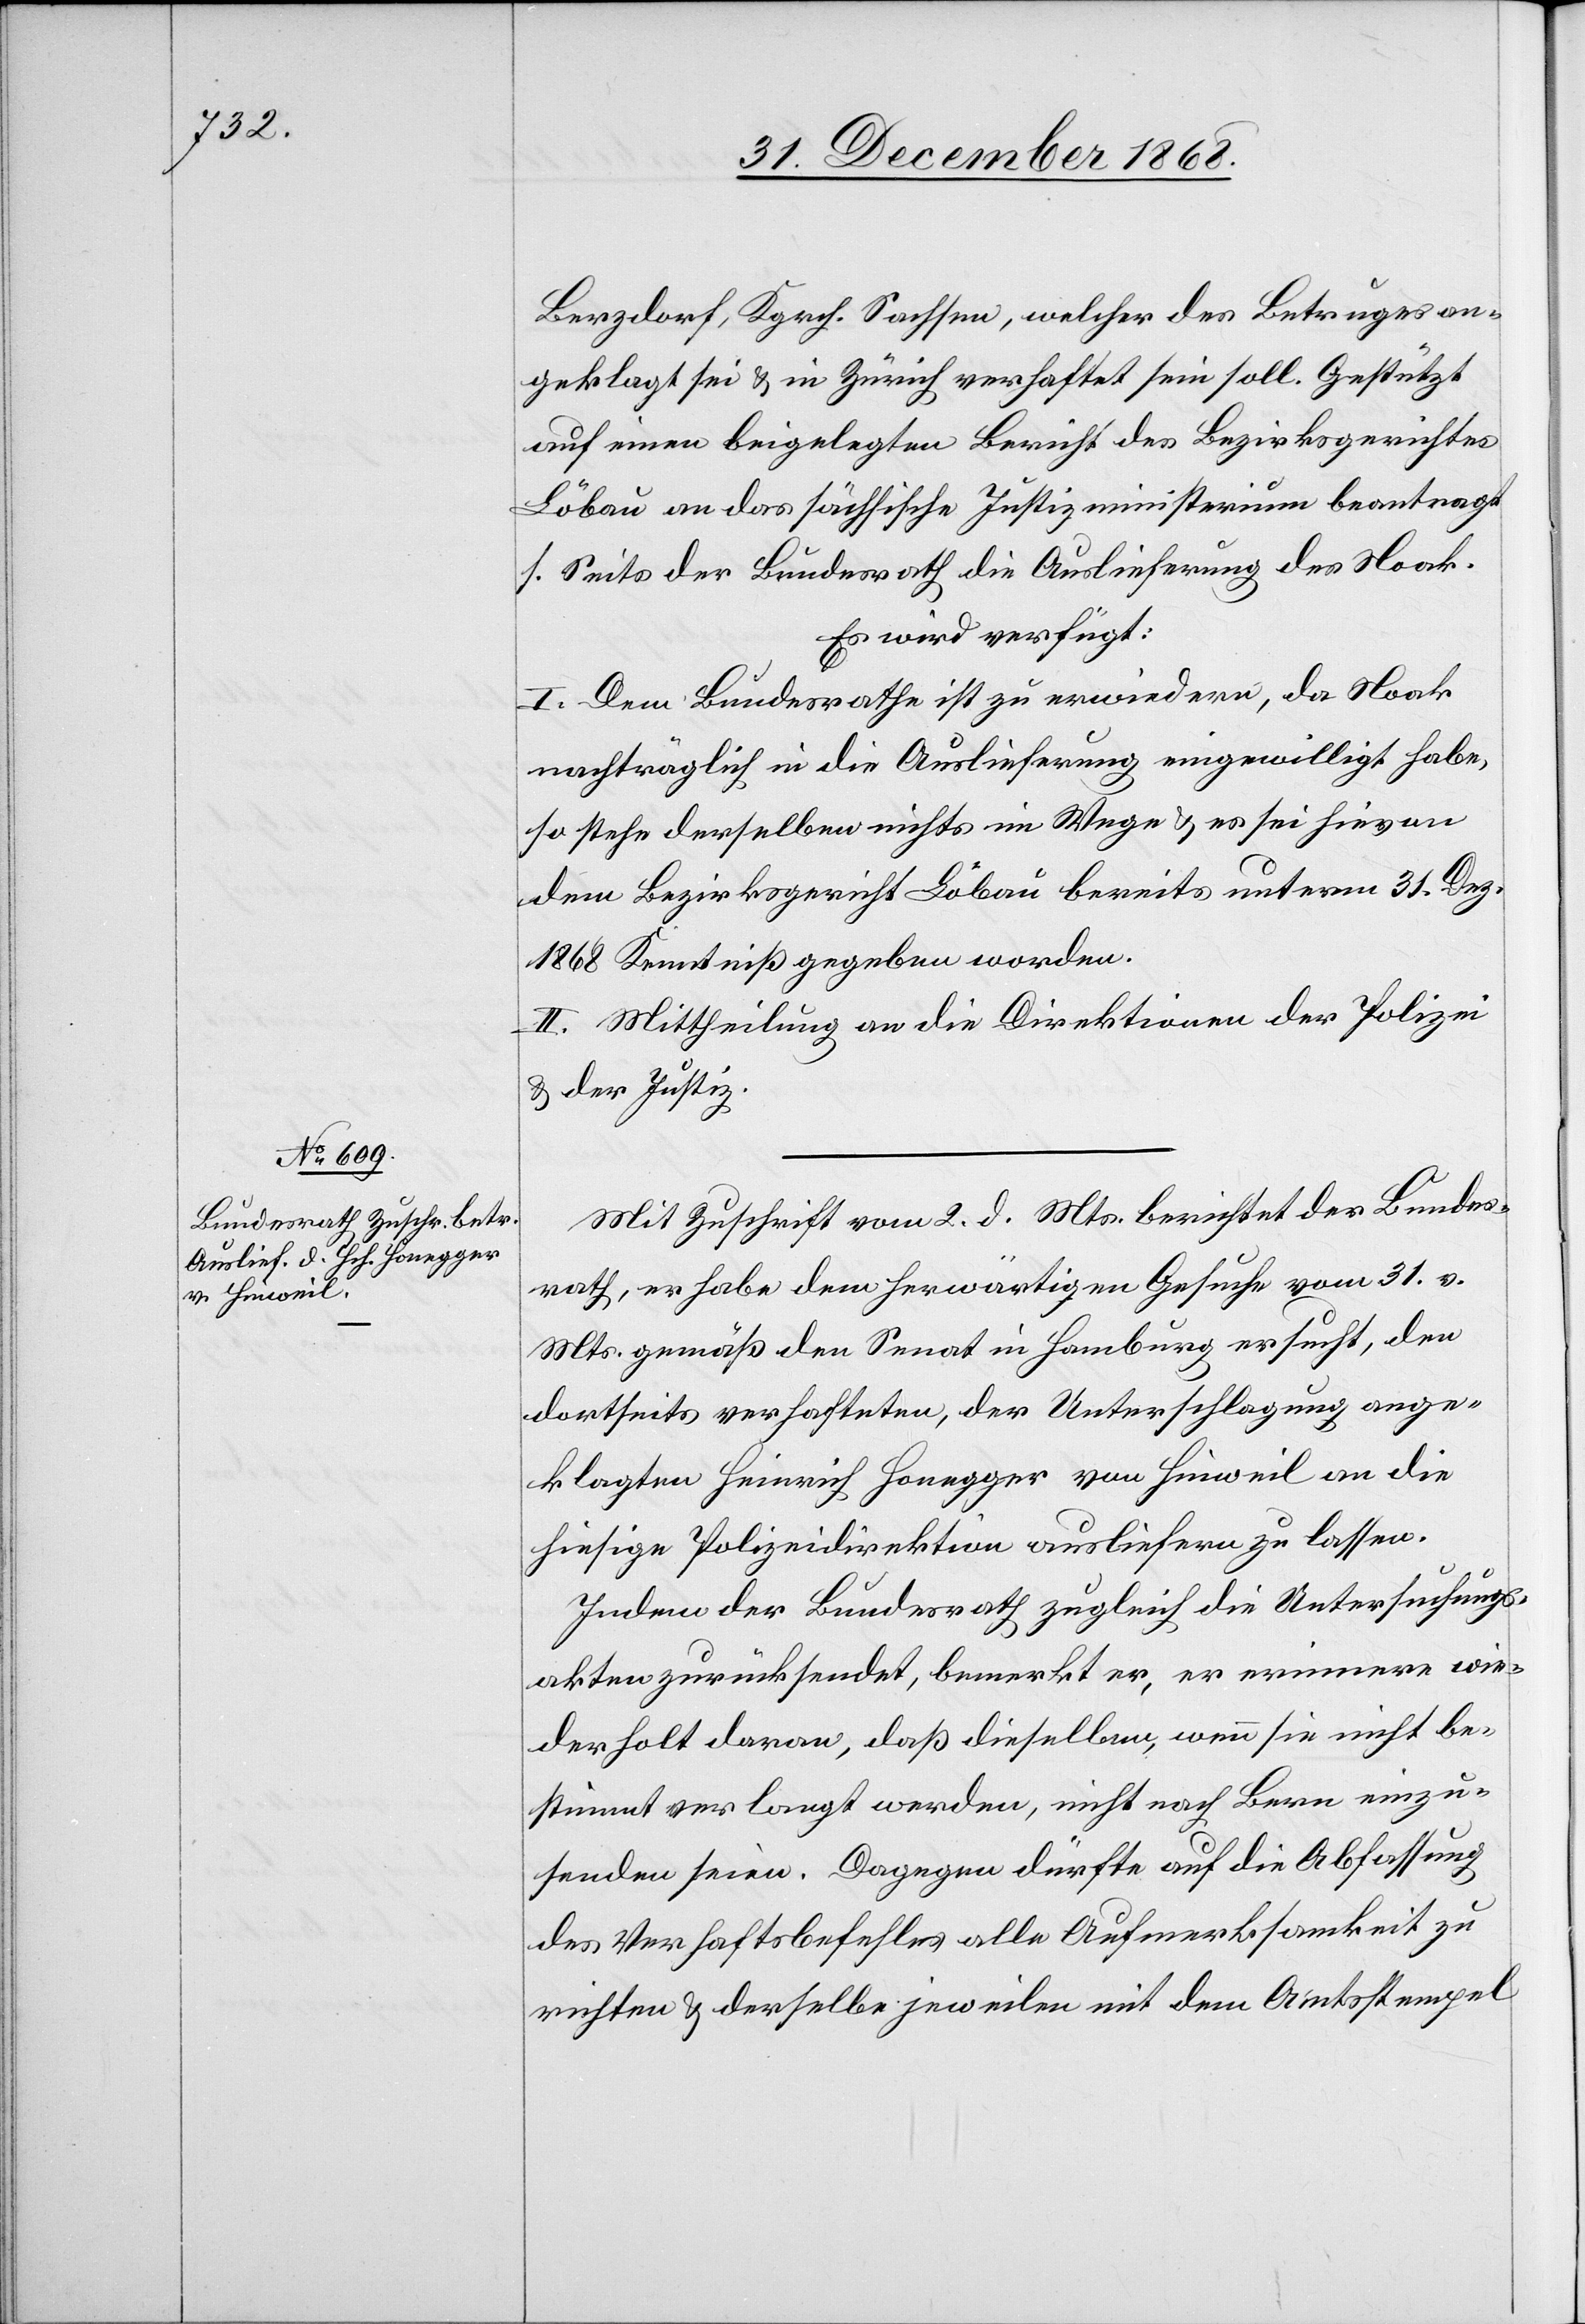
Berzdorf, Kgrch. Sachsen, welcher des Betruges an¬
geklagt sei & in Zürich verhaftet sein soll. Gestützt
auf einen beigelegten Bericht des Bezirksgerichtes
Löbau an das sächsische Justizministerium beantragt
s. Seits der Bundesrath die Auslieferung des Noak.
Es wird verfügt:
I. Dem Bundesrathe ist zu erwiedern, da Noak
nachträglich in die Auslieferung eingewilligt habe,
so stehe derselben nichts im Wege & es sei hievon
dem Bezirksgericht Löbau bereits unterm 31. Dez.
1868 Kenntniß gegeben worden.
II. Mittheilung an die Direktionen der Polizei
& der Justiz.
Mit Zuschrift vom 2. d. Mts. berichtet der Bundes¬
rath, er habe dem herwärtigen Gesuche vom 31. v.
Mts. gemäß den Senat in Hamburg ersucht, den
dortseits verhafteten, der Unterschlagung ange¬
klagten Heinrich Honegger von Hinweil an die
hiesige Polizeidirektion ausliefern zu lassen.
Indem der Bundesrath zugleich die Untersuchungs¬
akten zurücksendet, bemerkt er, er erinnere wie¬
derholt daran, daß dieselben, wenn sie nicht be¬
stimmt verlangt werden, nicht nach Bern einzu¬
senden seien. Dagegen dürfte auf die Abfassung
des Verhaftsbefehles alle Aufmerksamkeit zu
richten & derselbe jeweilen mit dem Amtsstempel